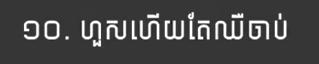
១០. ហួសហើយតែឈឺចាប់